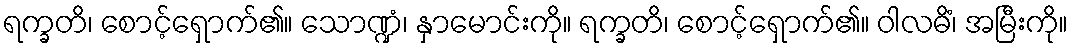
ရက္ခတိ၊ စောင့်ရှောက်၏။ သောဏ္ဍံ၊ နှာမောင်းကို။ ရက္ခတိ၊ စောင့်ရှောက်၏။ ဝါလဓိံ၊ အမြီးကို။